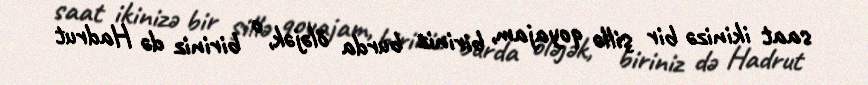
saat ikinizə bir şillə qoyajam, biriniz burda öləjək, o biriniz də Hadrut